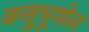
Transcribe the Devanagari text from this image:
जन्तुभूगोल